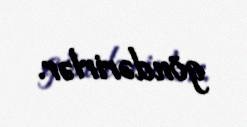
göndərirlər.